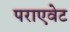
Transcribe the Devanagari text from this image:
पराएवेट